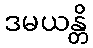
ဒမယန္တိ